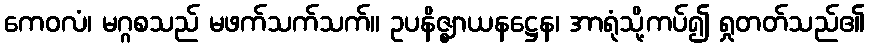
ကေဝလံ၊ မဂ္ဂစသည် မဖက်သက်သက်။ ဥပနိဇ္ဈာယနဋ္ဌေန၊ အာရုံသို့ကပ်၍ ရှုတတ်သည်၏